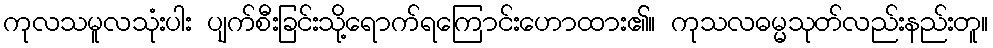
ကုလသမူလသုံးပါး ပျက်စီးခြင်းသို့ရောက်ရကြောင်းဟောထား၏။ ကုသလဓမ္မသုတ်လည်းနည်းတူ။